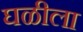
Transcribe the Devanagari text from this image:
घळीला